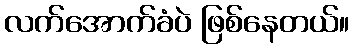
လက်အောက်ခံပဲ ဖြစ်နေတယ်။